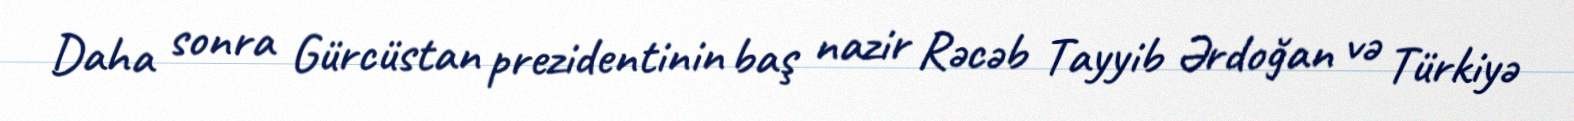
Daha sonra Gürcüstan prezidentinin baş nazir Rəcəb Tayyib Ərdoğan və Türkiyə